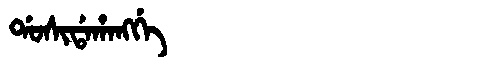
Manchu: ᡩᠣᠰᡳᡩᠠᡥᠠᠩᡤᡝ
Romanization: DOSIDAHANGGE